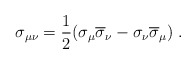
\begin{align*}\sigma _{\mu \nu }=\frac 12(\sigma _\mu \overline{\sigma }_\nu -\sigma _\nu \overline{\sigma }_\mu )\;. \end{align*}